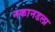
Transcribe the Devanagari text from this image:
नकानडला